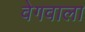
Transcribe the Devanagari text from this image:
वेगवाला